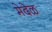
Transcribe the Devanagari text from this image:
मेदेळ